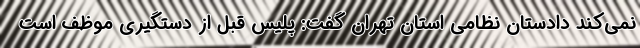
نمی‌کند دادستان نظامی استان تهران گفت: پلیس قبل از دستگیری موظف است